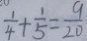
\frac { 1 } { 4 } + \frac { 1 } { 5 } = \frac { 9 } { 2 0 }